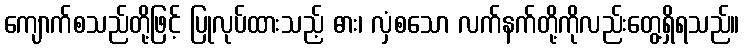
ကျောက်စသည်တို့ဖြင့် ပြုလုပ်ထားသည့် ဓား၊ လှံစသော လက်နက်တို့ကိုလည်းတွေ့ရှိရသည်။